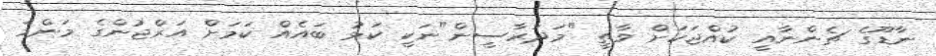
ނާޑޫގެ ޗެންނާއީ ކުއްޖަކަށް ވާތީ "މަދަރާސީން"ނަކީ ކަޅު ބައެއް ކަމަށް އަރްޖުންގެ މަންމަ